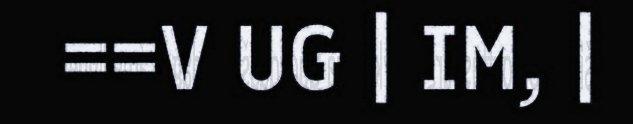
==V UG | IM, |